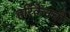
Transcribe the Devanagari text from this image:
हरिकेनची